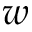
w